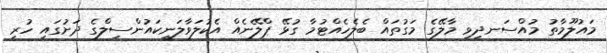
މައުލޫމާތު މުއްސަނދިވި މާލޭގެ މަގުތައް ބެލެހެއްޓުމާ ގުޅޭ ޕްލޭނެއް އެކުލަވާލަނީކައުންސިލްގެ ދަށުގައި ހުރި